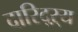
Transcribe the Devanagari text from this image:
दारिद्‌ऱ्य